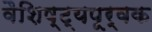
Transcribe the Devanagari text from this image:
वैशिष्ट्यपूर्वक